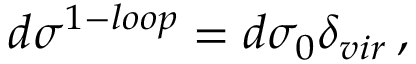
d \sigma ^ { 1 - l o o p } = d \sigma _ { 0 } \delta _ { v i r } \, ,